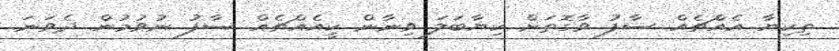
ތިކިޔާ އެއްޗެއް ސާފު ވާގޮތަށް ކިޔާބަލަ ވިނާން ކީއެއްޗެއް ސާފު ނުވުމުން ދެވަނަ